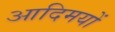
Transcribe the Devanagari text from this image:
आदिमयों